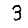
Digit: 3